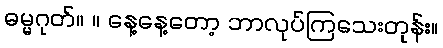
ဓမ္မဂုတ်။ ။ နေ့နေ့တော့ ဘာလုပ်ကြသေးတုန်း။